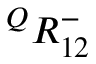
{ } ^ { Q } { R } _ { 1 { 2 } } ^ { - }